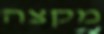
מקצה